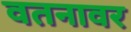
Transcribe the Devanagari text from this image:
वतनावर